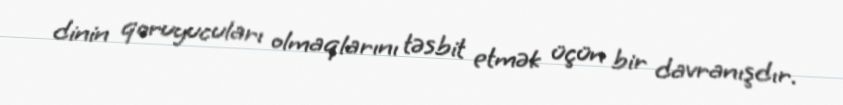
dinin qoruyucuları olmaqlarını təsbit etmək üçün bir davranışdır.